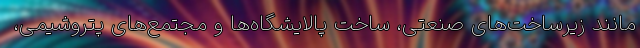
مانند زیرساخت­‌های صنعتی، ساخت پالایشگاه­‌ها و مجتمع­‌های پتروشیمی،